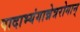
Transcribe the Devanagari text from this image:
पादाभ्यंगान्नेत्ररोगान्